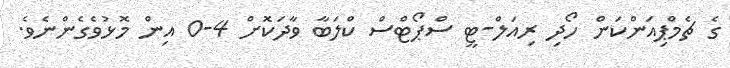
ގެ ޗެމްޕިއަންކަން ހޯދި ރިއަލް-ޓީ ސްޕޯޓްސް ކްލަބާ ވާދަކޮށް 4-0 އިން މޮޅުވެގެންނެވެ.